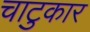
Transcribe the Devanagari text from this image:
चाटुकार